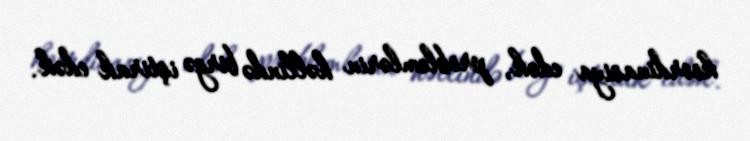
koordinasiya edək, problemlərin həllində birgə iştirak edək.